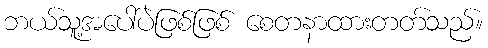
ဘယ်သူ့အပေါ်ပဲဖြစ်ဖြစ် စေတနာထားတတ်သည်။